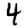
Digit: 4